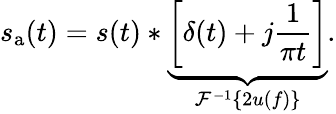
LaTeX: s_{\mathrm{a}}(t)=s(t)*\underbrace{\left[\delta(t)+j{\frac{1}{\pi t}}\right]}_{{\mathcal{F}}^{-1}\{ 2u(f)\} }.